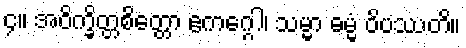
၄။ အဝိက္ခိတ္တစိတ္တော ဧကဂ္ဂေါ၊ သမ္မာ ဓမ္မံ ဝိပဿတိ။